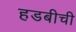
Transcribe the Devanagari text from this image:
हडबीची